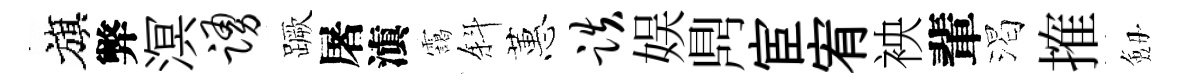
旗弊溟踊蹶屠滇靄斜蕙跌娱𪔂宦宥䘧輩渴搉劔